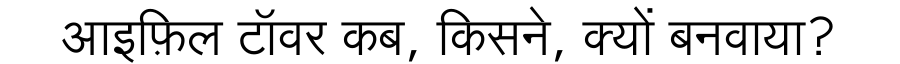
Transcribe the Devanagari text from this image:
आइफ़िल टॉवर कब, किसने, क्यों बनवाया?